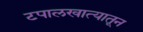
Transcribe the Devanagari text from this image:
टपालखात्यातून